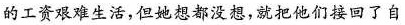
的工资艰难生活，但她想都没想，就把他们接回了自